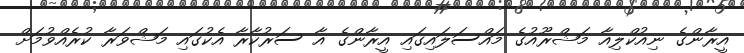
އީރާންގެ ނިއުކްލިއާ މަޝްރޫއުގެ މައްސަލައިގައި އީރާންގެ އާ ސަރުކާރާ އެކުގައި މަޝްވަރާ ކުރެއްވުމަށް